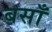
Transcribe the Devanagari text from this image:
बसाँ